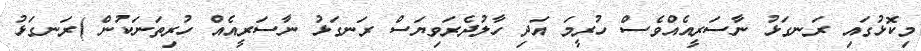
މިކޮޅުގައި ރަނގަޅު ނާސަރީއެއްވެސް ހުރީމަ އަދި ހާލުދެރަވިޔަސް ރަނގަޅު ނާސަރީއެއް ހުރިތަނަކުން )ރަނގަޅު